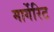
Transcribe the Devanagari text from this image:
मार्गेरिट